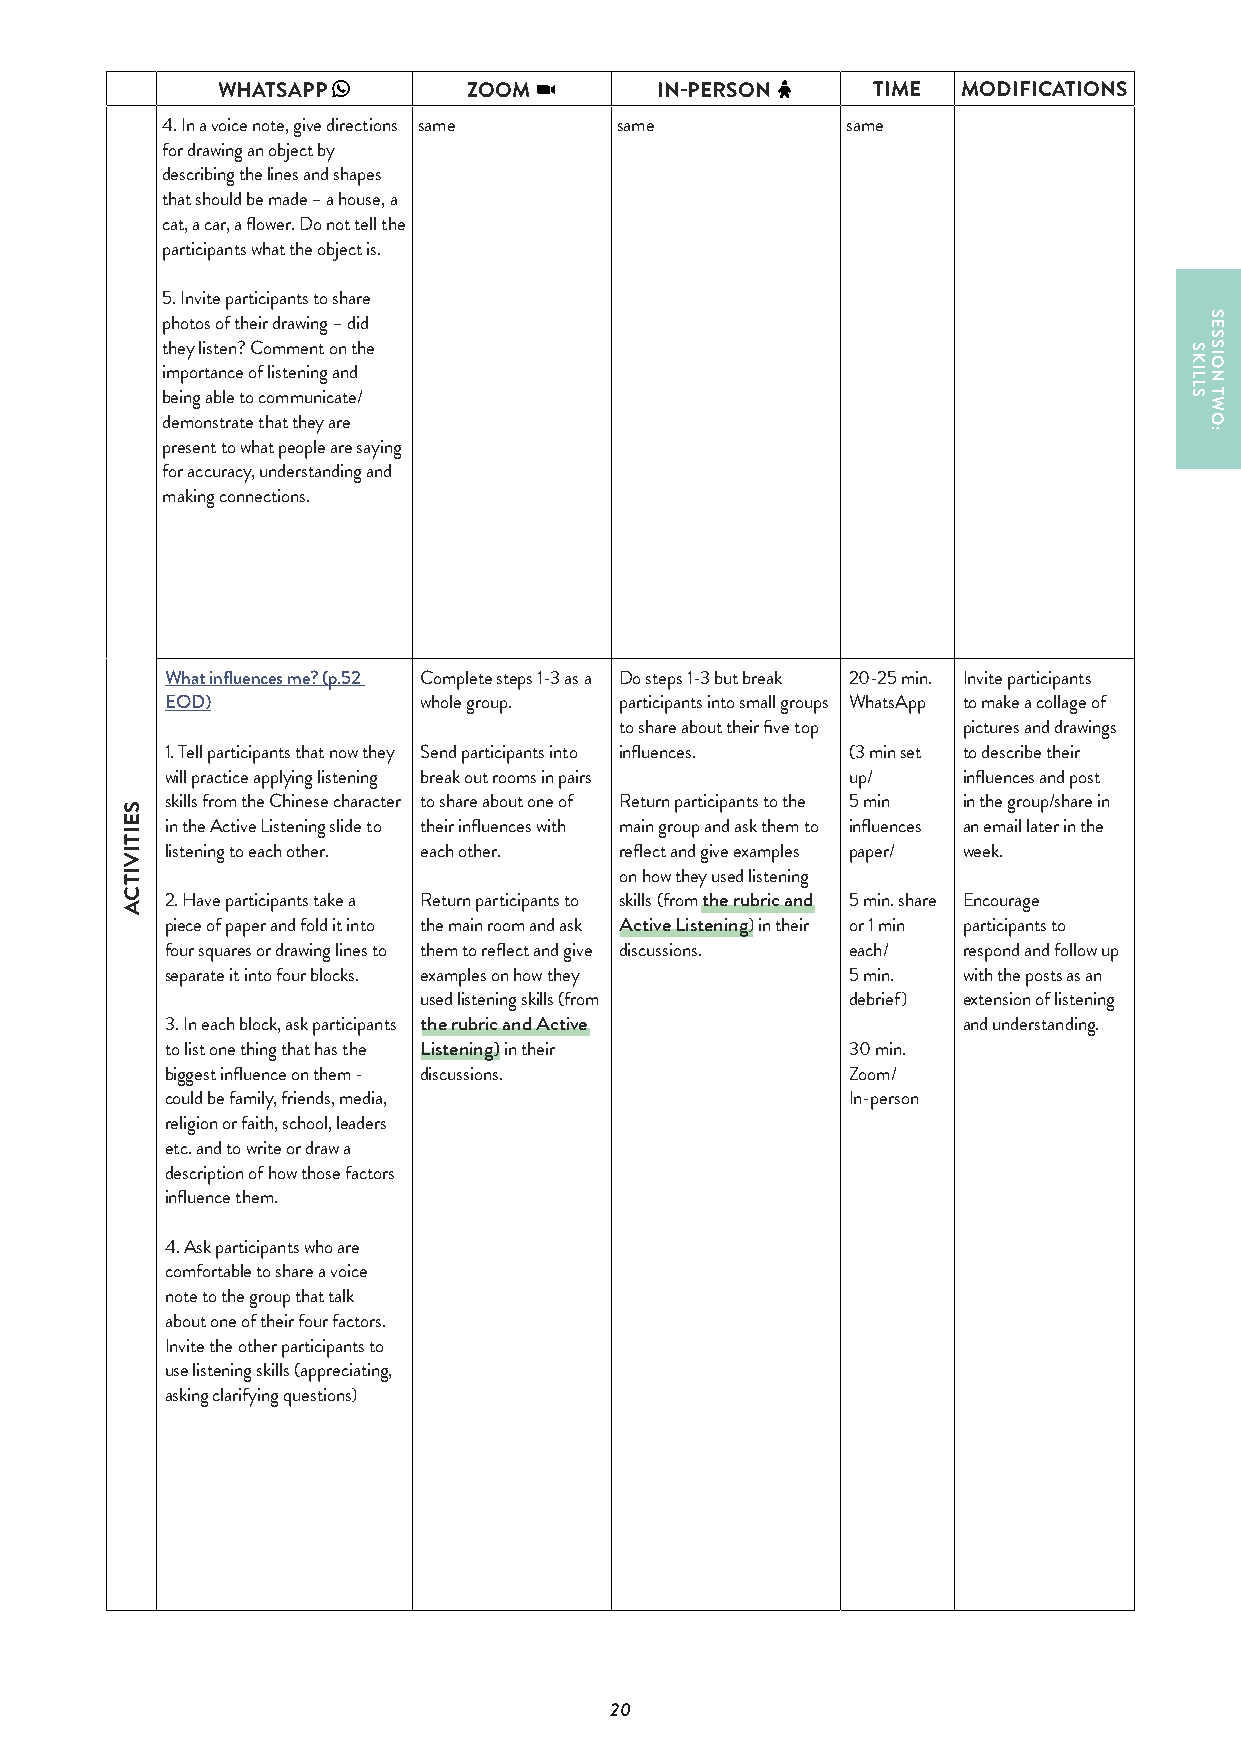
WHATSAPP         ZOOM        IN-PERSON      TIME  MODIFICATIONS
 4. In a voice note, give directions same same same
 for drawing an object by
 describing the lines and shapes
 that should be made – a house, a
 cat, a car, a flower. Do not tell the
 participants what the object is.
 5. Invite participants to share
 photos of their drawing – did
 they listen? Comment on the
 importance of listening and
 being able to communicate/
 demonstrate that they are
 present to what people are saying
 for accuracy, understanding and
 making connections.
 What influences me? (p.52 Complete steps 1-3 as a Do steps 1-3 but break 20-25 min. Invite participants
 EOD)             whole group. participants into small groups WhatsApp to make a collage of
 to share about their five top pictures and drawings
 1. Tell participants that now they Send participants into influences. (3 min set to describe their
 will practice applying listening break out rooms in pairs up/ influences and post
 skills from the Chinese character to share about one of Return participants to the 5 min in the group/share in
 in the Active Listening slide to their influences with main group and ask them to influences an email later in the
 listening to each other. each other. reflect and give examples paper/ week.
 on how they used listening
 2. Have participants take a Return participants to skills (from the rubric and 5 min. share Encourage
 piece of paper and fold it into the main room and ask Active Listening) in their or 1 min participants to
 four squares or drawing lines to them to reflect and give discussions. each/ respond and follow up
 separate it into four blocks. examples on how they 5 min. with the posts as an
 used listening skills (from debrief) extension of listening
 3. In each block, ask participants the rubric and Active and understanding.
 to list one thing that has the Listening) in their 30 min.
 biggest influence on them - discussions.     Zoom/
 could be family, friends, media,             In-person
 religion or faith, school, leaders
 etc. and to write or draw a
 description of how those factors
 influence them.
 4. Ask participants who are
 comfortable to share a voice
 note to the group that talk
 about one of their four factors.
 Invite the other participants to
 use listening skills (appreciating,
 asking clarifying questions)
 20
 SEITIVITCA
 SKILLS
 SESSION
 TWO: